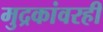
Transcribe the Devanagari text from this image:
मुद्रकांवरही